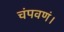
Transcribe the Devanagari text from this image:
चंपवणं।